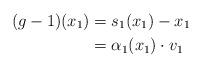
LaTeX: \begin{align*}(g-1)(x_1) &= s_1(x_1) - x_1 \\&= \alpha_1(x_1) \cdot v_{1}\end{align*}